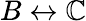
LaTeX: B\leftrightarrow\mathbb{C}